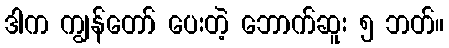
ဒါက ကျွန်တော် ပေးတဲ့ ဘောက်ဆူး ၅ ဘတ်။